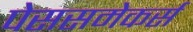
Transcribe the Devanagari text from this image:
पेससमेकर्स